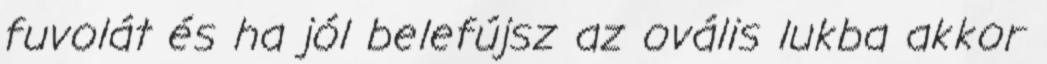
fuvolát és ha jól belefújsz az ovális lukba akkor